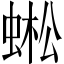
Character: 蜙